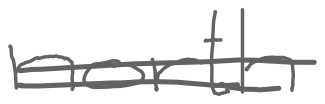
Text: north
Cross-out: double-line
Writing tool: digital_gray